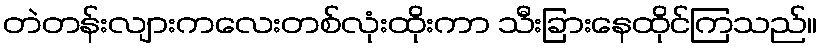
တဲတန်းလျားကလေးတစ်လုံးထိုးကာ သီးခြားနေထိုင်ကြသည်။